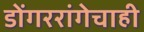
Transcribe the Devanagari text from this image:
डोंगररांगेचाही